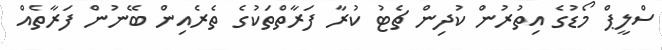
ސްލީޕް މޯޑުގެ އިތުރުން ކުދިން ޗެޓު ކުރާ ފަރާތްތަކުގެ ތެރެއިން ބޭނުން ފަރާތެއް